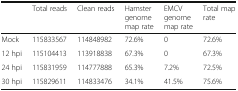
<table><thead><tr><td></td><td><b>Total reads</b></td><td><b>Clean reads</b></td><td><b>Hamster genome map rate</b></td><td><b>EMCV genome map rate</b></td><td><b>Total map rate</b></td></tr></thead><tbody><tr><td>Mock</td><td>115833567</td><td>114848982</td><td>72.6%</td><td>0</td><td>72.6%</td></tr><tr><td>12 hpi</td><td>115104413</td><td>113918838</td><td>67.3%</td><td>0</td><td>67.3%</td></tr><tr><td>24 hpi</td><td>115831959</td><td>114777888</td><td>65.3%</td><td>7.2%</td><td>72.5%</td></tr><tr><td>30 hpi</td><td>115829611</td><td>114833476</td><td>34.1%</td><td>41.5%</td><td>75.6%</td></tr></tbody></table>